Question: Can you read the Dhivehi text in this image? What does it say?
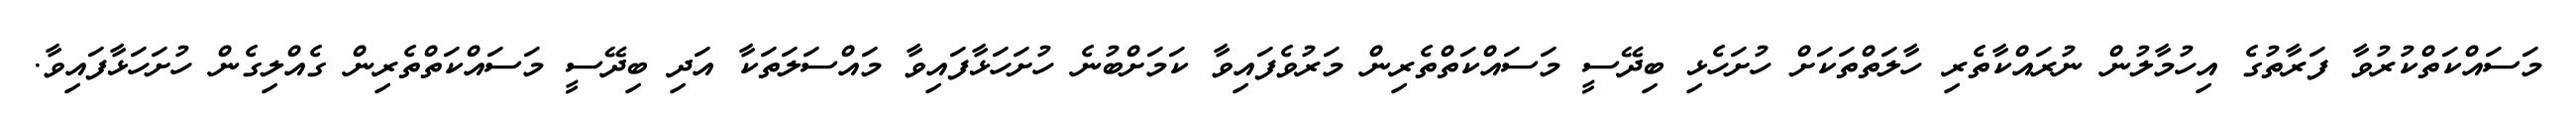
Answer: މަސައްކަތްކުރުވާ ފަރާތުގެ އިހުމާލުން ނުރައްކާތެރި ހާލަތްތަކަށް ހުށަހެޅި ބިދޭސީ މަސައްކަތްތެރިން މަރުވެފައިވާ ކަމަށްބުނެ ހުށަހަޅާފައިވާ މައްސަލަތަކާ އަދި ބިދޭސީ މަސައްކަތްތެރިން ގެއްލިގެން ހުށަހަޅާފައިވާ.